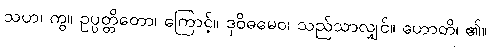
သဟ၊ ကွ။ ဥပ္ပတ္တိတော၊ ကြောင့်။ ဒုဝိဓမေဝ၊ သည်သာလျှင်။ ဟောတိ၊ ၏။